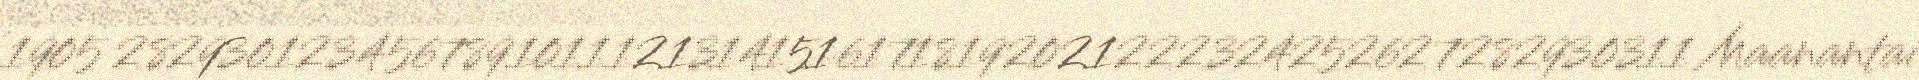
1905 282930123456789101112131415161718192021222324252627282930311 Maanantai